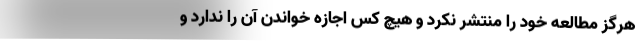
هرگز مطالعه خود را منتشر نکرد و هیچ کس اجازه خواندن آن را ندارد و